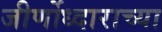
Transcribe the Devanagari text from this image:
जीर्णोध्दाराच्या